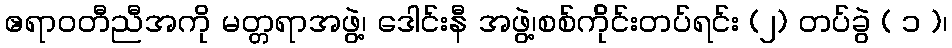
ဧရာဝတီညီအကို မတ္တရာအဖွဲ့၊ ဒေါင်းနီ အဖွဲ့၊စစ်က်ိုင်းတပ်ရင်း (၂) တပ်ခွဲ ( ၁ )၊